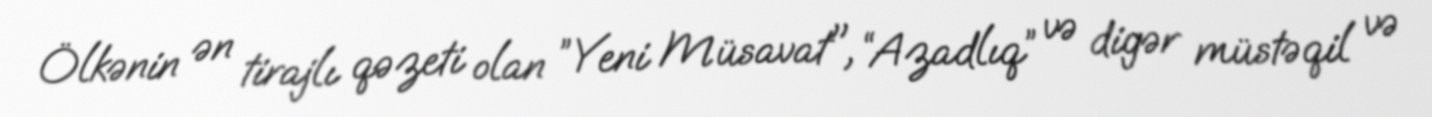
Ölkənin ən tirajlı qəzeti olan ”Yeni Müsavat", “Azadlıq” və digər müstəqil və